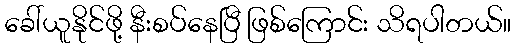
ခေါ်ယူနိုင်ဖို့ နီးစပ်နေပြီ ဖြစ်ကြောင်း သိရပါတယ်။